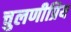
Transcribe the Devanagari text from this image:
चुलणीप्रिय